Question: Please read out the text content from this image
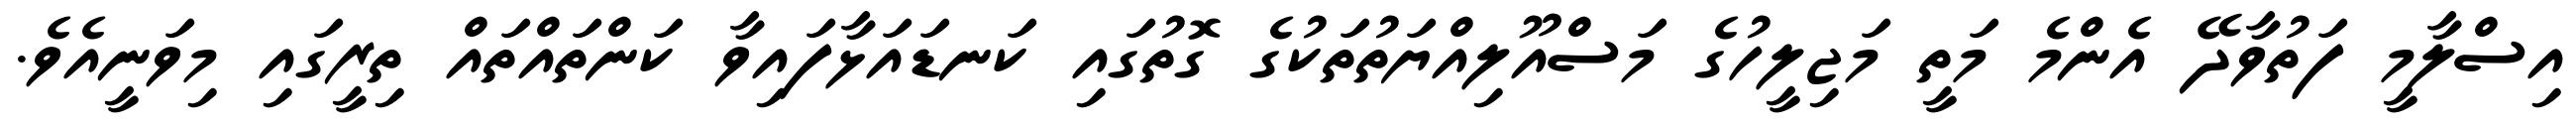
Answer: އިސްލާމީ ފަތުވާދޭ އެންމެ މަތީ މަޖިލީހުގެ މަސްއޫލިއްޔަތުތަކުގެ ގޮތުގައި ކަނޑައަޅާފައިވާ ކަންތައްތައް ތިރީގައި މިވަނީއެވެ.